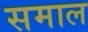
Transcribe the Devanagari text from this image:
समाल